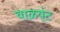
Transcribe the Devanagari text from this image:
वाळव्ंट